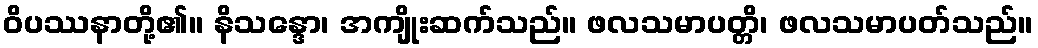
ဝိပဿနာတို့၏။ နိသန္ဒော၊ အကျိုးဆက်သည်။ ဖလသမာပတ္တိ၊ ဖလသမာပတ်သည်။